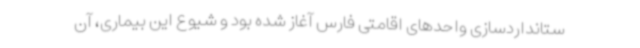
ستانداردسازی واحدهای اقامتی فارس آغاز شده بود و شیوع این بیماری، آن